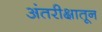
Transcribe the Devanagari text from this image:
अंतरीक्षातून